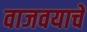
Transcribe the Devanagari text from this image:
वाजवयाचे